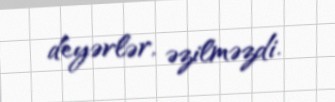
deyərlər, əzilməzdi.